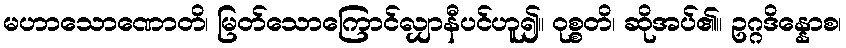
မဟာသောဏောတိ၊ မြတ်သောကြောင်လျှာနီပင်ဟူ၍။ ဝုစ္စတိ၊ ဆိုအပ်၏။ ဥဂ္ဂဒိန္နောစ၊